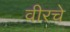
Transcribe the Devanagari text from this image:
वीरचे